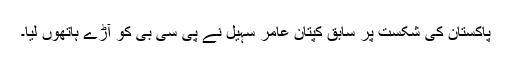
پاکستان کی شکست پر سابق کپتان عامر سہیل نے پی سی بی کو آڑے ہاتھوں لیا۔